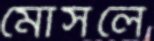
মোসলে